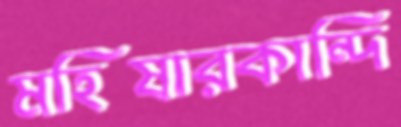
মহিষারকান্দি